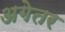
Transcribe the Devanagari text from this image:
अगेतर